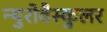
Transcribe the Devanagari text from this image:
न्युरोवैस्कुलर